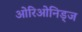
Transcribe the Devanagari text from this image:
ओरिओनिड्ज